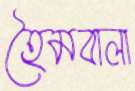
হৈমবালা